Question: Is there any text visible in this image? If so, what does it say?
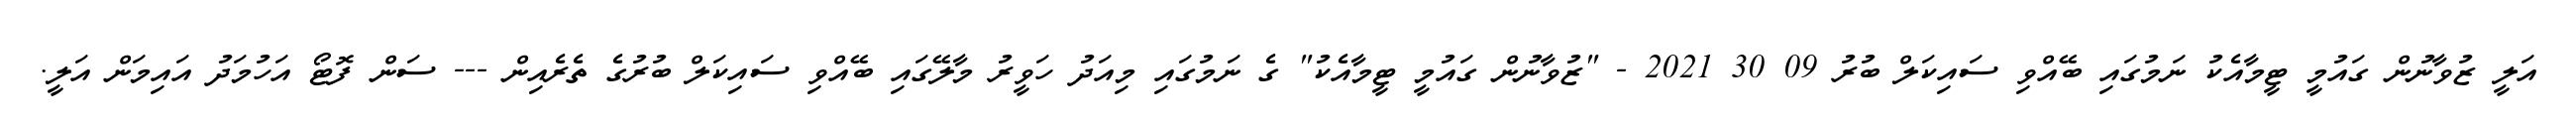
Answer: އަލީ ޒުވާނުން ގައުމީ ޓީމާއެކު ނަމުގައި ބޭއްވި ސައިކަލް ބުރު 09 30 2021 - "ޒުވާނުން ގައުމީ ޓީމާއެކު" ގެ ނަމުގައި މިއަދު ހަވީރު މާލޭގައި ބޭއްވި ސައިކަލް ބުރުގެ ތެރެއިން --- ސަން ފޮޓޯ އަހުމަދު އައިމަން އަލީ.